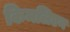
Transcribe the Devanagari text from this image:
किमलिएन